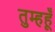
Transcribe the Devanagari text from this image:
तुम्हहूँ